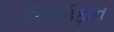
લિવિઉફાન